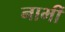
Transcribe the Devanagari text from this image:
नाभीं